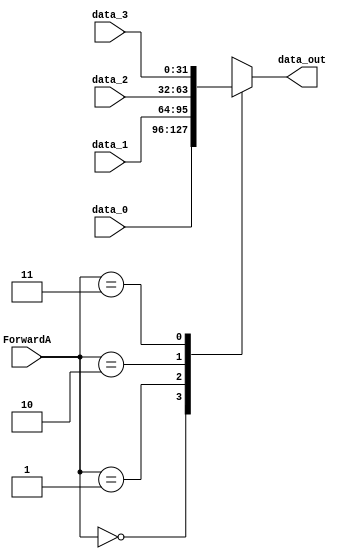
module Mux4(data_out, data_0, data_1, data_2, data_3, ForwardA);

input 	[31:0] 	data_0;
input 	[31:0] 	data_1;
input 	[31:0] 	data_2;
input 	[31:0] 	data_3;
input	[1:0]	ForwardA;
output	[31:0] 	data_out;
reg	[31:0] 	data_out;

always@(ForwardA or data_0 or data_1 or data_2 or data_3)  begin
	case(ForwardA)
	0:	data_out = data_0; 
	1:	data_out = data_1; 
	2:	data_out = data_2; 
	3:	data_out = data_3; 
	endcase
end
endmodule